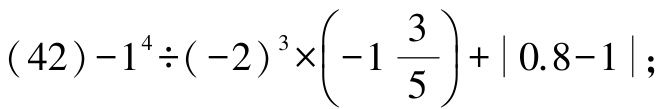
\((42)-1^{4}\div(-2)^{3}\times\left(-1\frac{3}{5}\right)+\vert0.8 - 1\vert;\)